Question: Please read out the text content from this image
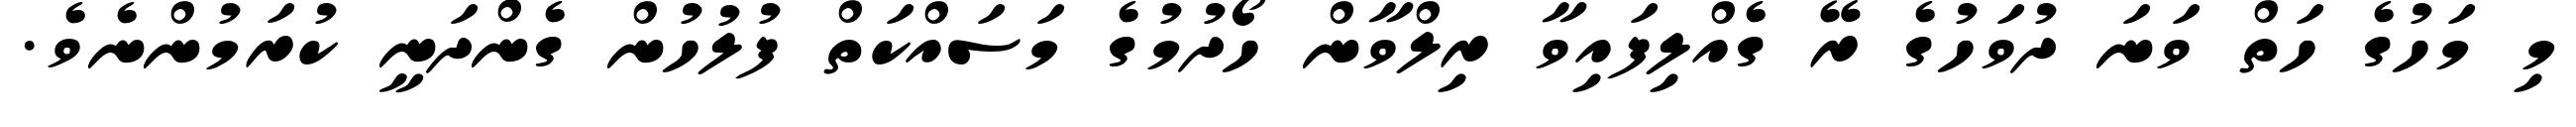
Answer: މި މަހުގެ ހަތް ވަނަ ދުވަހުގެ ރޭ ގެއްލިފައިވާ ރިލްވާން ހޯދުމުގެ މަސައްކަތް ފުލުހުން ގެންދަނީ ކުރަމުންނެވެ.